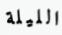
الليلة